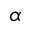
\alpha